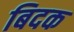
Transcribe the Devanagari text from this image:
बिदक